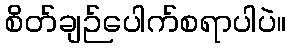
စိတ်ချဉ်ပေါက်စရာပါပဲ။